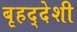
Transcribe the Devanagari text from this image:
बृहद्‌देशी